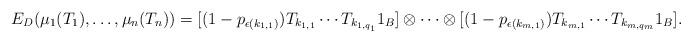
LaTeX: \begin{align*}E_D(\mu_1(T_1),\ldots,\mu_n(T_n))=[(1-p_{\epsilon(k_{1,1})})T_{k_{1,1}} \cdots T_{k_{1,q_1}} 1_B] \otimes \cdots \otimes [(1-p_{\epsilon(k_{m,1})})T_{k_{m,1}} \cdots T_{k_{m,q_m}} 1_B].\end{align*}